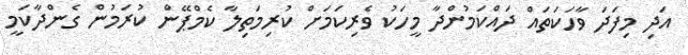
އަދި މިފަދަ ވާހަކަތައް ދައްކަމުންދާ މީހަކު ވެރިކަމަށް ކުރިމަތިލާ ކެމްޕޭން ކުރަމުން ގެންދާކަމީ